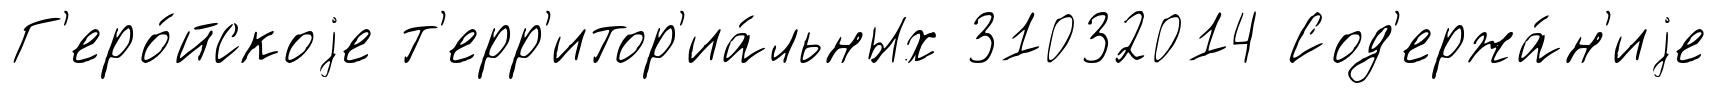
Г'еро́йскоjе т'ерр'итор'иа́льных 31032014 Сод'ержа́н'иjе